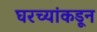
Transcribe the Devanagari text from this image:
घरच्यांकडून